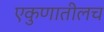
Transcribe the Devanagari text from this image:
एकुणातीलच